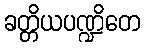
ခတ္တိယပဏ္ဍိတေ